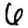
Digit: 6